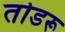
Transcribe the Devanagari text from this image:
तोडरू